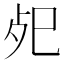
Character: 𢀸